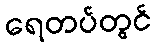
ရေတပ်တွင်